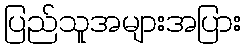
ပြည်သူအများအပြား